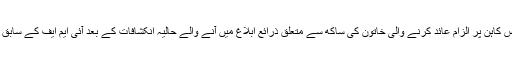
جمعہ کی سماعت ایک ایسے وقت میں ہوئی جب اسٹراس کاہن پر الزام عائد کرنے والی خاتون کی ساکھ سے متعلق ذرائع ابلاغ میں آنے والے حالیہ انکشافات کے بعد آئی ایم ایف کے سابق سربراہ کے خلاف مقدمہ کو کمزور قرار دیا جارہا ہے۔